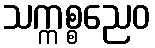
သက္ကစ္စညေဝ